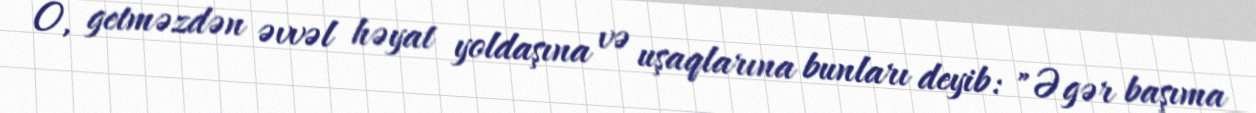
O, getməzdən əvvəl həyat yoldaşına və uşaqlarına bunları deyib: "Əgər başıma